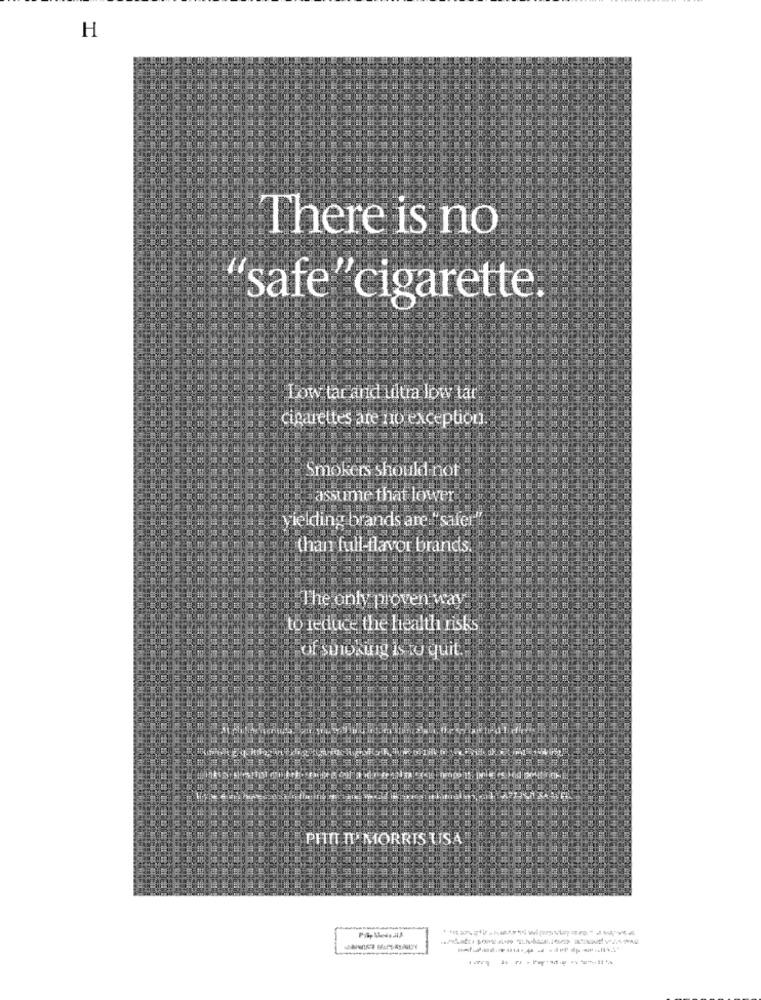
H
There is no
'safe"cigarette.
Low tar and ultra low tar
cigarettes are no exception
Smokers Should not
assume that lower:
yielding brands are "safer"
than full-flavor brands.
The only proven way
to reduce the health risks
of suokunig is to quit ..
PHIT TI' MORRIS USA